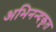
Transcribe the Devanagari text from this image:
अभिनन्दकृत